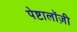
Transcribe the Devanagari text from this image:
पेष्टालॉज़ी